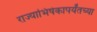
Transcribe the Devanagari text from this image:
राज्याभिषेकापर्यंतच्या